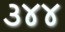
૩૪૪